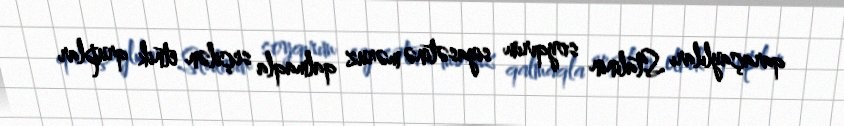
qaraçaylıları Stalinin soyqırım siyasətinə məruz qalmaqla seçilən etnik qruplar